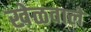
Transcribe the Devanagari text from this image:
खेळवाले